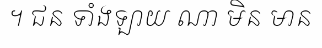
។ ជន ទាំងឡាយ ណា មិន មាន